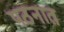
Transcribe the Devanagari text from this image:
पठनात